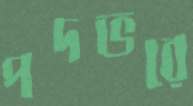
পদভরে